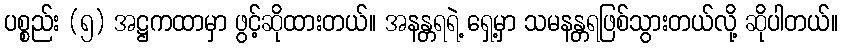
ပစ္စည်း (၅) အဋ္ဌကထာမှာ ဖွင့်ဆိုထားတယ်။ အနန္တရရဲ့ ရှေ့မှာ သမနန္တရဖြစ်သွားတယ်လို့ ဆိုပါတယ်။